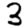
Digit: 3